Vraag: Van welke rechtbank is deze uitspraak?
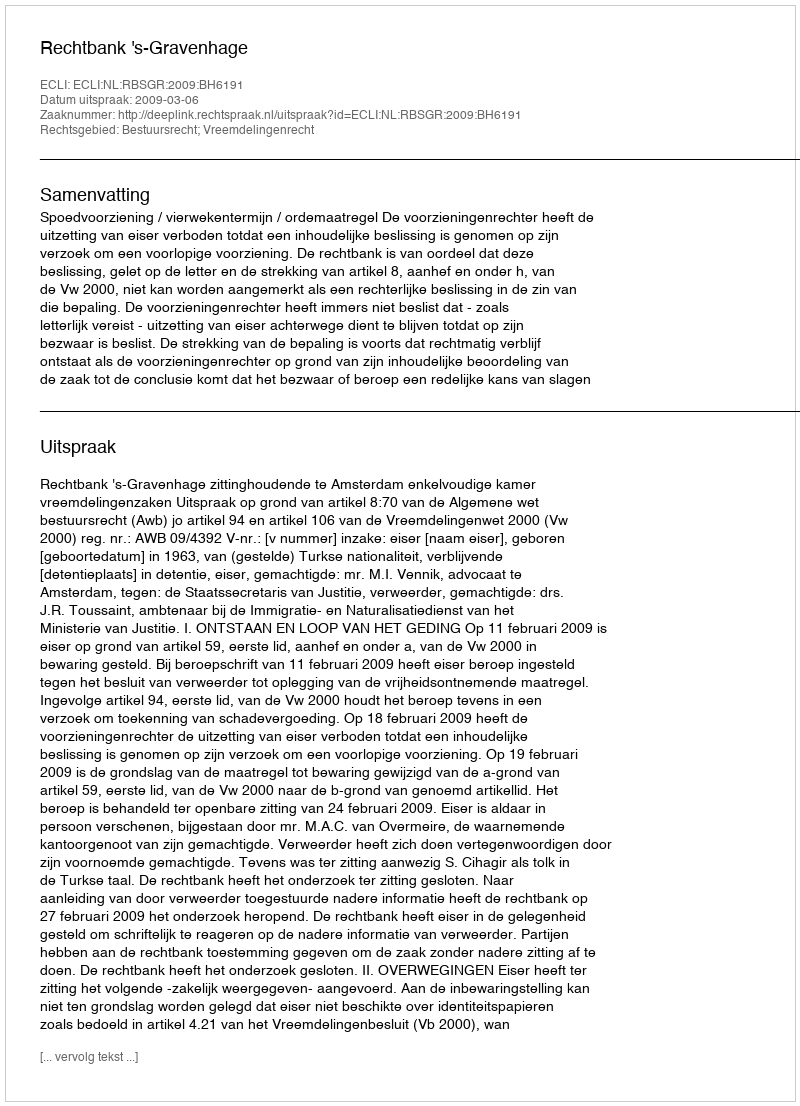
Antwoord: Rechtbank 's-Gravenhage